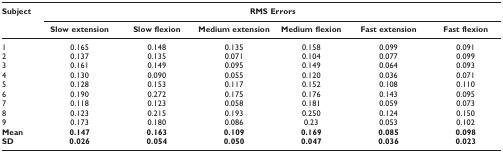
| Subject | <COLSPAN=6> RMS Errors |
 | --- | --- | --- | --- | --- | --- | --- |
 |  | Slow extension | Slow flexion | Medium extension | Medium flexion | Fast extension | Fast flexion |
 | 1 | 0.165 | 0.148 | 0.135 | 0.158 | 0.099 | 0.091 |
 | 2 | 0.137 | 0.135 | 0.071 | 0.104 | 0.077 | 0.099 |
 | 3 | 0.161 | 0.149 | 0.095 | 0.149 | 0.064 | 0.093 |
 | 4 | 0.130 | 0.090 | 0.055 | 0.120 | 0.036 | 0.071 |
 | 5 | 0.128 | 0.153 | 0.117 | 0.152 | 0.108 | 0.110 |
 | 6 | 0.190 | 0.272 | 0.175 | 0.176 | 0.143 | 0.095 |
 | 7 | 0.118 | 0.123 | 0.058 | 0.181 | 0.059 | 0.073 |
 | 8 | 0.123 | 0.215 | 0.193 | 0.250 | 0.124 | 0.150 |
 | 9 | 0.173 | 0.180 | 0.086 | 0.23 | 0.053 | 0.102 |
 | Mean | 0.147 | 0.163 | 0.109 | 0.169 | 0.085 | 0.098 |
 | SD | 0.026 | 0.054 | 0.050 | 0.047 | 0.036 | 0.023 |